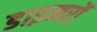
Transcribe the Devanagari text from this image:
डाइमरों